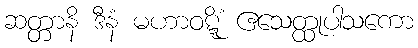
ဆတ္တာနိ ဒီနံ မဟာဝဋ္ဋိံ ဧသေတ္ထုပါသကော